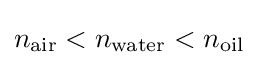
n_{\rm {air}}<n_{\rm {water}}<n_{\rm {oil}}